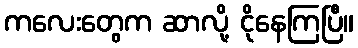
ကလေးတွေက ဆာလို့ ငိုနေကြပြီ။